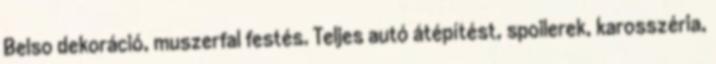
Belso dekoráció, muszerfal festés. Teljes autó átépítést, spoilerek, karosszéria,